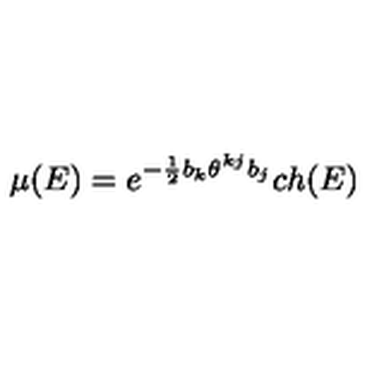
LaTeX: \mu ( E ) = e ^ { - \frac { 1 } { 2 } b _ { k } \theta ^ { k j } b _ { j } } c h ( E )